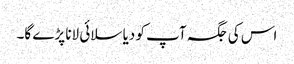
اس کی جگہ آپ کو دیا سلائی لانا پڑے گا۔